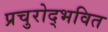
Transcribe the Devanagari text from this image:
प्रचुरोद्भवित